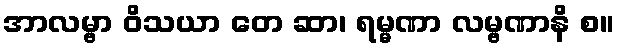
အာလမ္ဗာ ဝိသယာ တေ ဆာ၊ ရမ္မဏာ လမ္ဗဏာနိ စ။